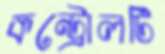
কন্ট্রোলটি